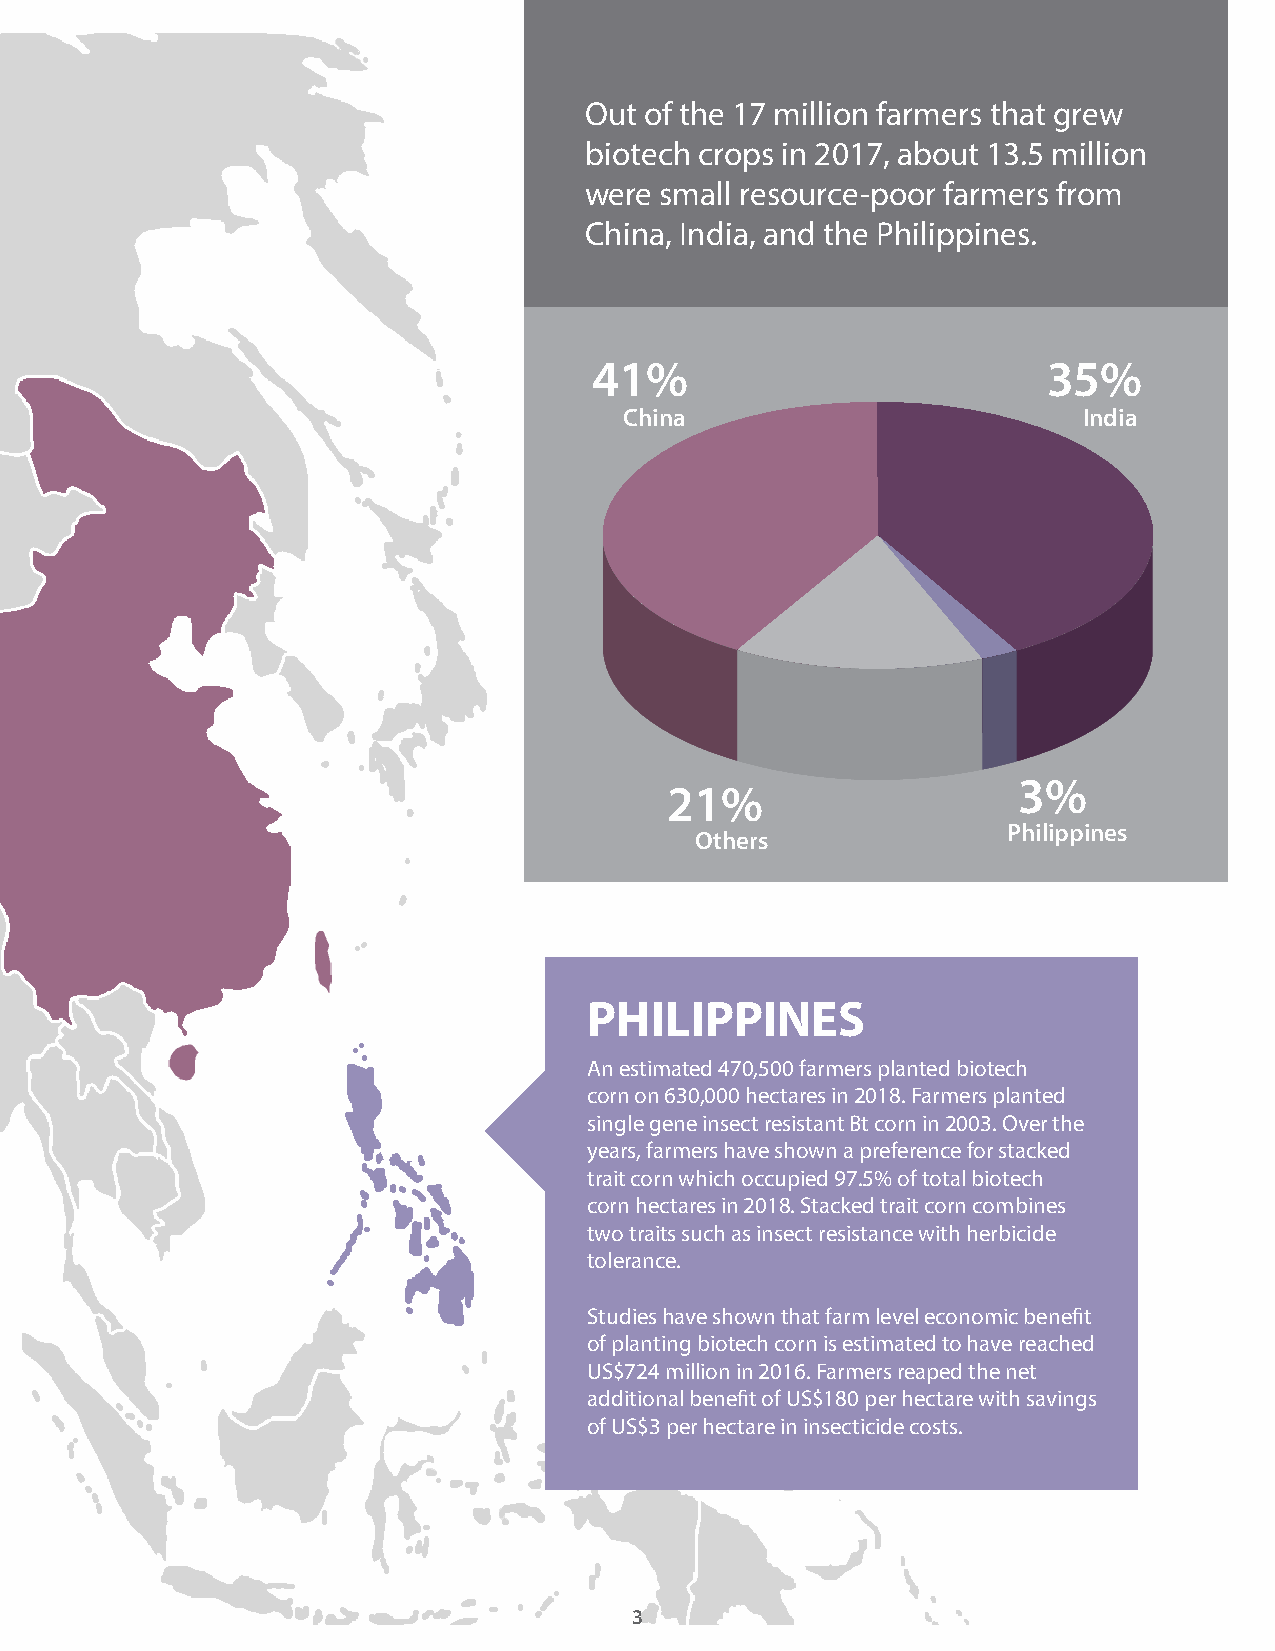
Out of the 17 million farmers that grew
 biotech crops in 2017, about 13.5 million
 were small resource-poor farmers from
 China, India, and the Philippines.
 41%                           35%
 China                          India
 3%
 21%
 Philippines
 Others
 PHILIPPINES
 An estimated 470,500 farmers planted biotech
 corn on 630,000 hectares in 2018. Farmers planted
 single gene insect resistant Bt corn in 2003. Over the
 years, farmers have shown a preference for stacked
 trait corn which occupied 97.5% of total biotech
 corn hectares in 2018. Stacked trait corn combines
 two traits such as insect resistance with herbicide
 tolerance.
 Studies have shown that farm level economic benefit
 of planting biotech corn is estimated to have reached
 US$724 million in 2016. Farmers reaped the net
 additional benefit of US$180 per hectare with savings
 of US$3 per hectare in insecticide costs.
 3